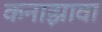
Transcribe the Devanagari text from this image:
कनाझावा